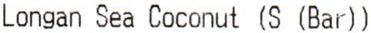
LONGAN SEA COCONUT (S (BAR))